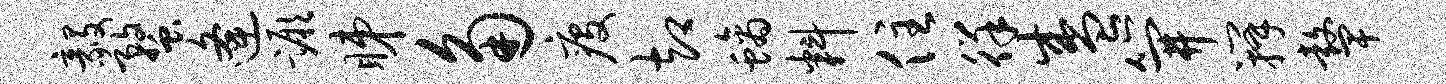
毅蝥逄蹶睇角疫却螭料住徉盛笄瓣鼙